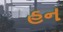
હન